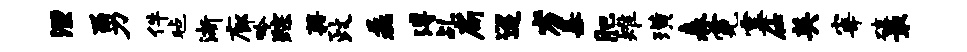
湮勇件毡渐廊吟踪藉政磊溥乩扁迢劣暴肥雉璜森霓霎仕英宰破最